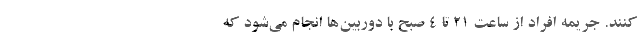
کنند. جریمه افراد از ساعت ۲۱ تا ۴ صبح با دوربین‌ها انجام می‌شود که